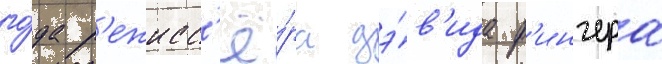
го́да р'ежисс'ё́ра дэ́в'ида ф'инчера